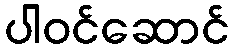
ပါဝင်ဆောင်